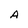
Character: A